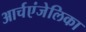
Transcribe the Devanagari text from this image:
आर्चएंजेलिका